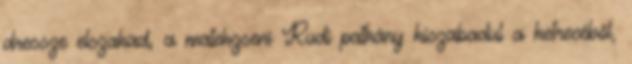
dressze elszakad, a matekzseni Rudi patkány kiszabadul a ketrecéből,